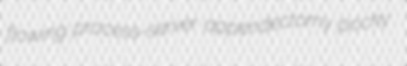
flowing process-server appendectomy pocky